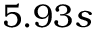
5 . 9 3 s